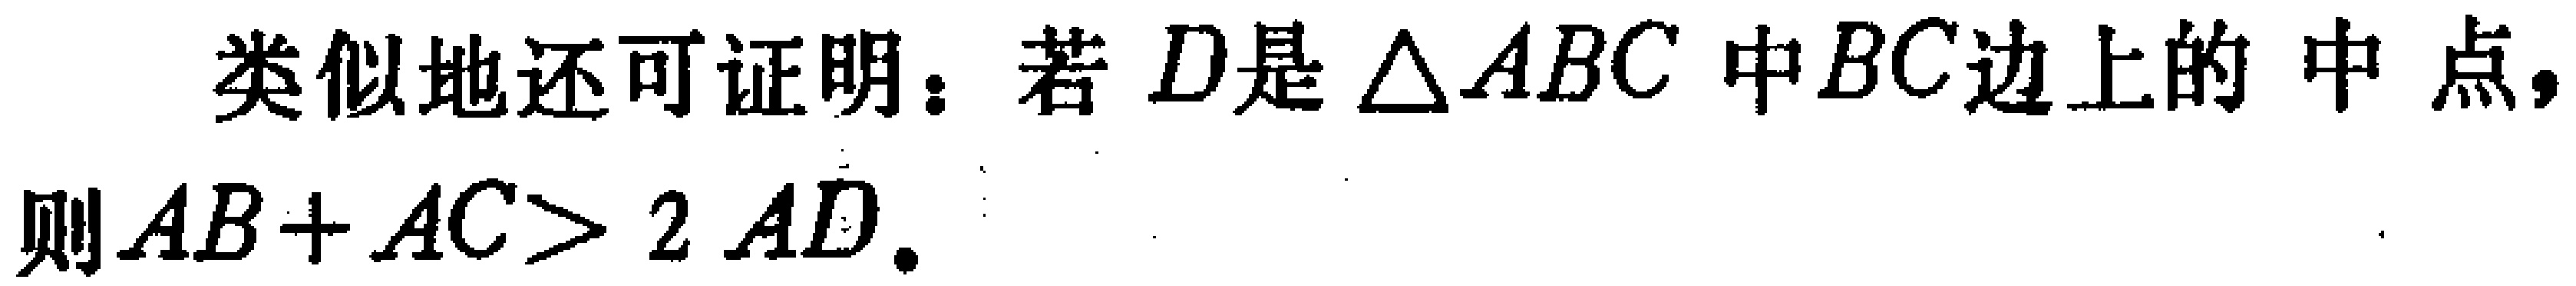
类似地还可证明：若 \(D\)是 \(\triangle ABC\) 中 \(BC\)边上的中点，则 \(AB + AC> 2 AD\).